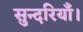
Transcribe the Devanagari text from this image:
सुन्दरियाँ।